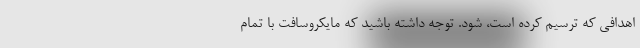
اهدافی که ترسیم کرده است، شود. توجه داشته باشید که مایکروسافت با تمام